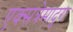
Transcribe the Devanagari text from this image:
एक्सत्रेमादुरा